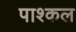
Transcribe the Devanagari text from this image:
पाश्कल